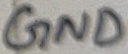
Text: GND